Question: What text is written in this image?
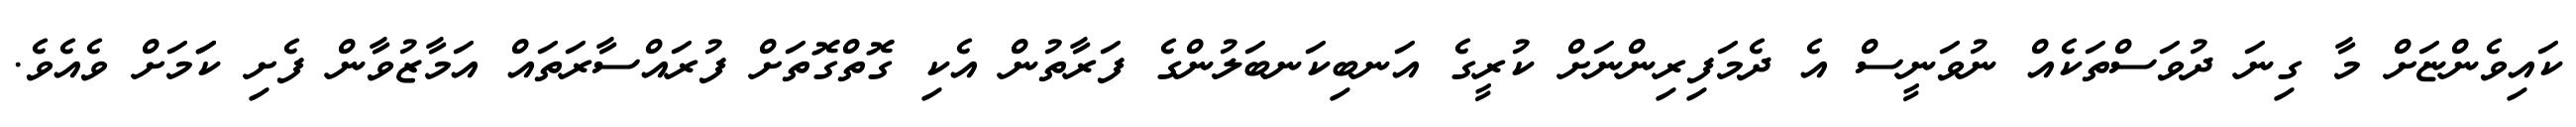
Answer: ކައިވެންޏަށް މާ ގިނަ ދުވަސްތަކެއް ނުވަނީސް އެ ދެމަފިރިންނަށް ކުރީގެ އަނބިކަނބަލުންގެ ފަރާތުން އެކި ގޮތްގޮތަށް ފުރައްސާރަތައް އަމާޒުވާން ފެށި ކަަމަށް ވެއެވެ.